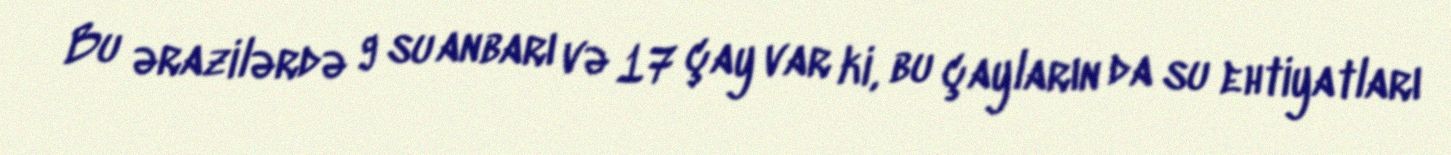
Bu ərazilərdə 9 su anbarı və 17 çay var ki, bu çayların da su ehtiyatları